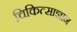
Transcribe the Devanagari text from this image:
चिकित्साज्ञान